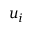
u _ { i }